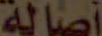
أصالة